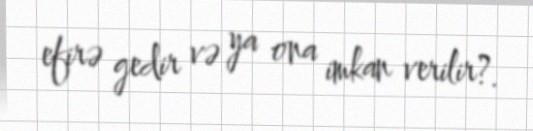
efirə gedir və ya ona imkan verilir?.